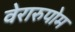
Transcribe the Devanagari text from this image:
वेरारुपोम